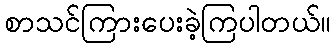
စာသင်ကြားပေးခဲ့ကြပါတယ်။